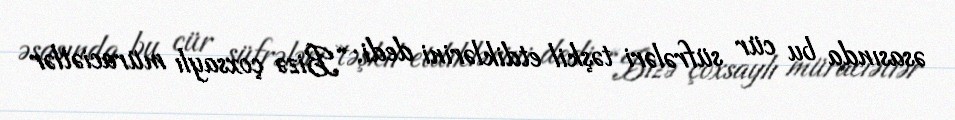
əsasında bu cür süfrələri təşkil etdiklərini dedi: “Bizə çoxsaylı müraciətlər